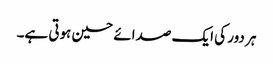
ہر دور کی ایک صدائے حسین ہوتی ہے۔